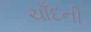
ચાઁદની